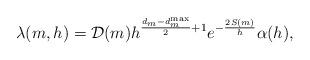
LaTeX: \begin{align*}\lambda ( m , h ) = \mathcal{D} ( m ) h^{\frac{d_{m} - d_{m}^{\rm max}}{2} + 1} e^{- \frac{2 S ( m )}{h}} \alpha ( h ) ,\end{align*}